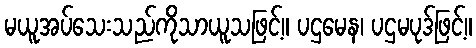
မယူအပ်သေးသည်ကိုသာယူသဖြင့်။ ပဌမေန၊ ပဌမပုဒ်ဖြင့်။